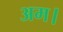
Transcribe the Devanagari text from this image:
अम।